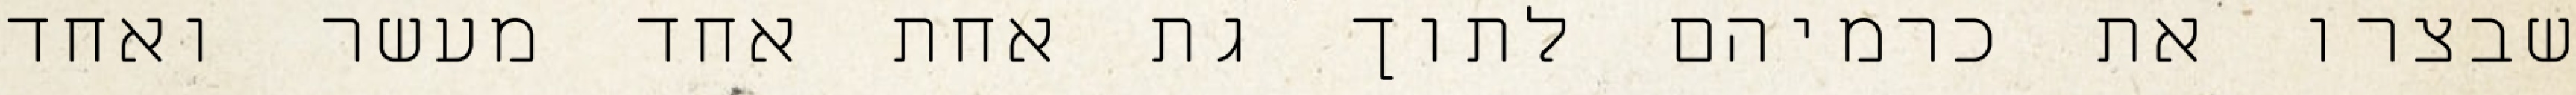
שבצרו את כרמיהם לתוך גת אחת אחד מעשר ואחד